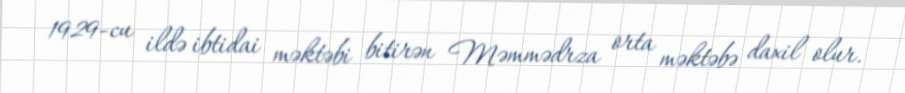
1929-cu ildə ibtidai məktəbi bitirən Məmmədrza orta məktəbə daxil olur.